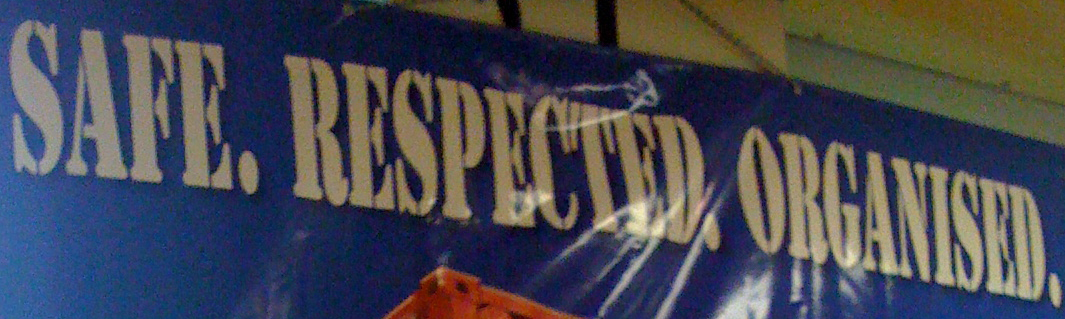
SAFE. RESPECTER. ORGANISED.